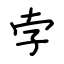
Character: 孛